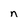
Character: n